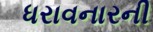
ધરાવનારની